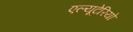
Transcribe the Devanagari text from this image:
एल्यूटेरियो